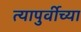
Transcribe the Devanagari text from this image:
त्यापुर्वीच्या